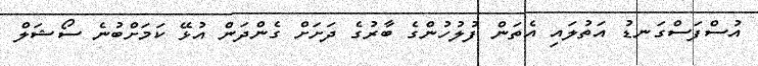
އުސްފަސްގަނޑު އަތުލައި އެތަން ފުލުހުންގެ ބާރުގެ ދަށަށް ގެންދަން އުޅޭ ކަމަށްބުނެ ސޯޝަލް